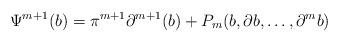
LaTeX: \begin{align*}\Psi^{m+1}(b) = \pi^{m+1}\partial^{m+1}(b) + P_{m}(b,\partial b, \dots, \partial^{m}b)\end{align*}